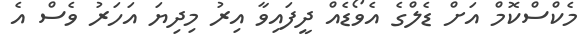
މެކްސްކޮމް އަށް ޑެލްގެ އެވޯޑެއް ދީފައިވާ އިރު މިދިޔަ އަހަރު ވެސް އެ